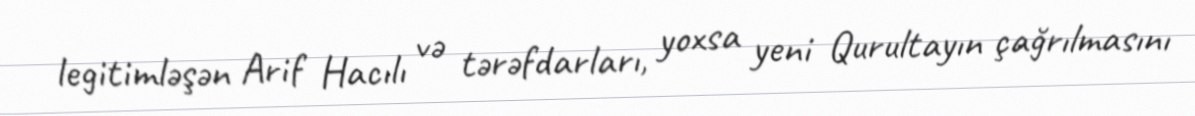
legitimləşən Arif Hacılı və tərəfdarları, yoxsa yeni Qurultayın çağrılmasını